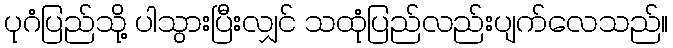
ပုဂံပြည်သို့ ပါသွားပြီးလျှင် သထုံပြည်လည်းပျက်လေသည်။